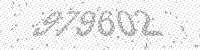
Solution: 979602